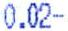
0.02-